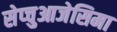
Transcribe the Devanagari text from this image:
सेप्चुआजेसिमा